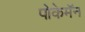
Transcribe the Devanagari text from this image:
पोकेमॅन